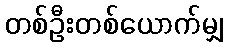
တစ်ဦးတစ်ယောက်မျှ